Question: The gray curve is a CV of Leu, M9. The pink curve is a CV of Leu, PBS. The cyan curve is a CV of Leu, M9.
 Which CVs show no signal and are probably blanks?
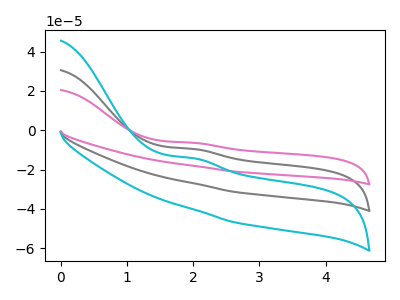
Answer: <think>The gray curve "Leu, M9" has an anodic peak at: (2.00V, -9.55uA). The pink curve "Leu, PBS" has an anodic peak at: (2.00V, -6.40uA). The cyan curve "Leu, M9" has an anodic peak at: (2.00V, -19.10uA).</think>
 <answer>There are not any CV's on this graph that are likely to be blanks.</answer>
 <eval>none</eval>